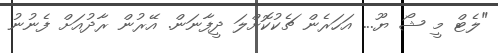
"ލެޓް މީ ޝޯ ޔޫ... އަހަރެން ޗެކުކޮށްލަ ދީފާނަން. އޭރުން ރާދުއަށް ފެނުނު